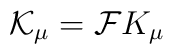
{\cal K}_\mu = {\cal F} K_\mu